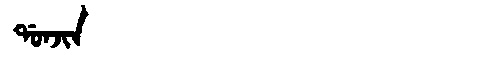
Manchu: ᡩᠣᠨᠵᡳᠨ
Romanization: DONJIN